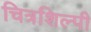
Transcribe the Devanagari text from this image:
चित्रशिल्पी